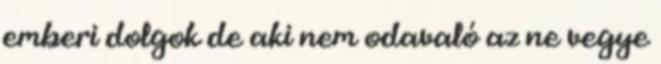
emberi dolgok de aki nem odavaló az ne vegye